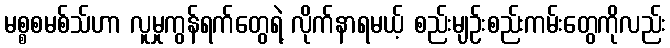
မစ္စစမစ်သ်ဟာ လူမှုကွန်ရက်တွေရဲ့ လိုက်နာရမယ့် စည်းမျဉ်းစည်းကမ်းတွေကိုလည်း